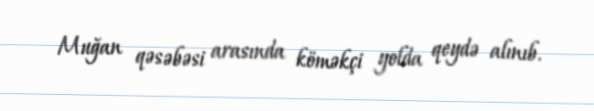
Muğan qəsəbəsi arasında köməkçi yolda qeydə alınıb.